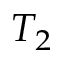
T _ { 2 }